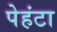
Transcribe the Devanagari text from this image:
पेहंटा